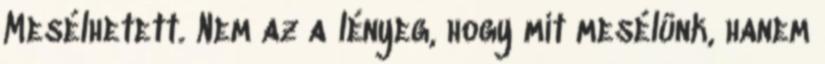
Mesélhetett. Nem az a lényeg, hogy mit mesélünk, hanem